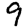
Digit: 9